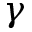
\gamma